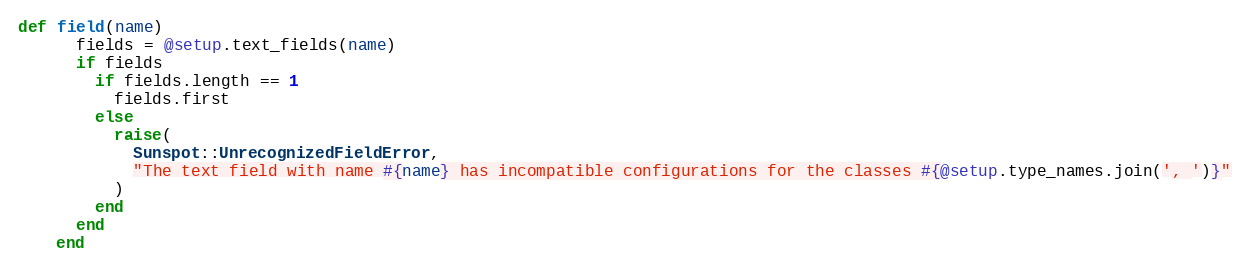
Language: Ruby
def field(name)
      fields = @setup.text_fields(name)
      if fields
        if fields.length == 1
          fields.first
        else
          raise(
            Sunspot::UnrecognizedFieldError,
            "The text field with name #{name} has incompatible configurations for the classes #{@setup.type_names.join(', ')}"
          )
        end
      end
    end